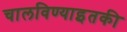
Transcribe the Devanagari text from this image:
चालविण्याइतकी